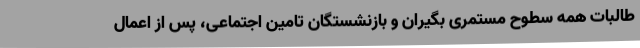
طالبات همه سطوح مستمری بگیران و بازنشستگان تامین اجتماعی، پس از اعمال